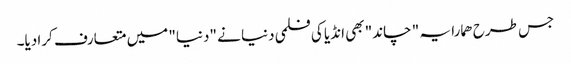
جس طرح ھمارا یہ " چاند" بھی انڈیا کی فلمی دنیا نے "دنیا" میں متعارف کرا دیا۔